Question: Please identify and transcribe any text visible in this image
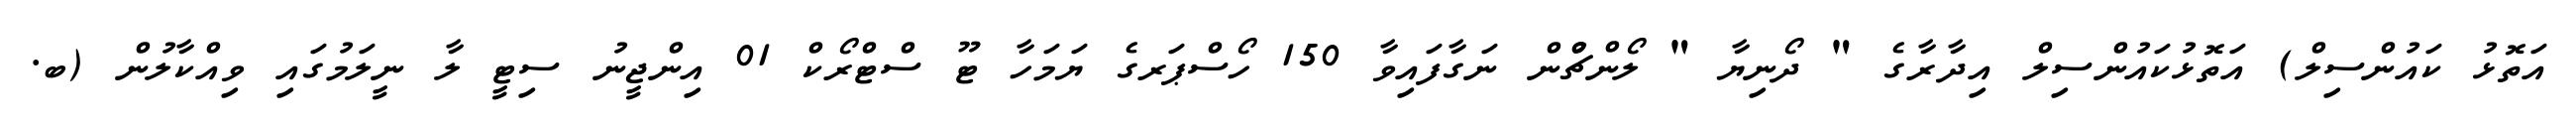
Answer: އަތޮޅު ކައުންސިލް) އަތޮޅުކައުންސިލް އިދާރާގެ " ދޯނިޔާ " ލޯންޗްުން ނަގާފައިވާ 150 ހޯސްޕަރގެ ޔަމަހާ ޓޫ ސްޓްރޯކް 01 އިންޖީނު ސިޓީ ލާ ނީލަމުގައި ވިއްކާލުން (ބ.